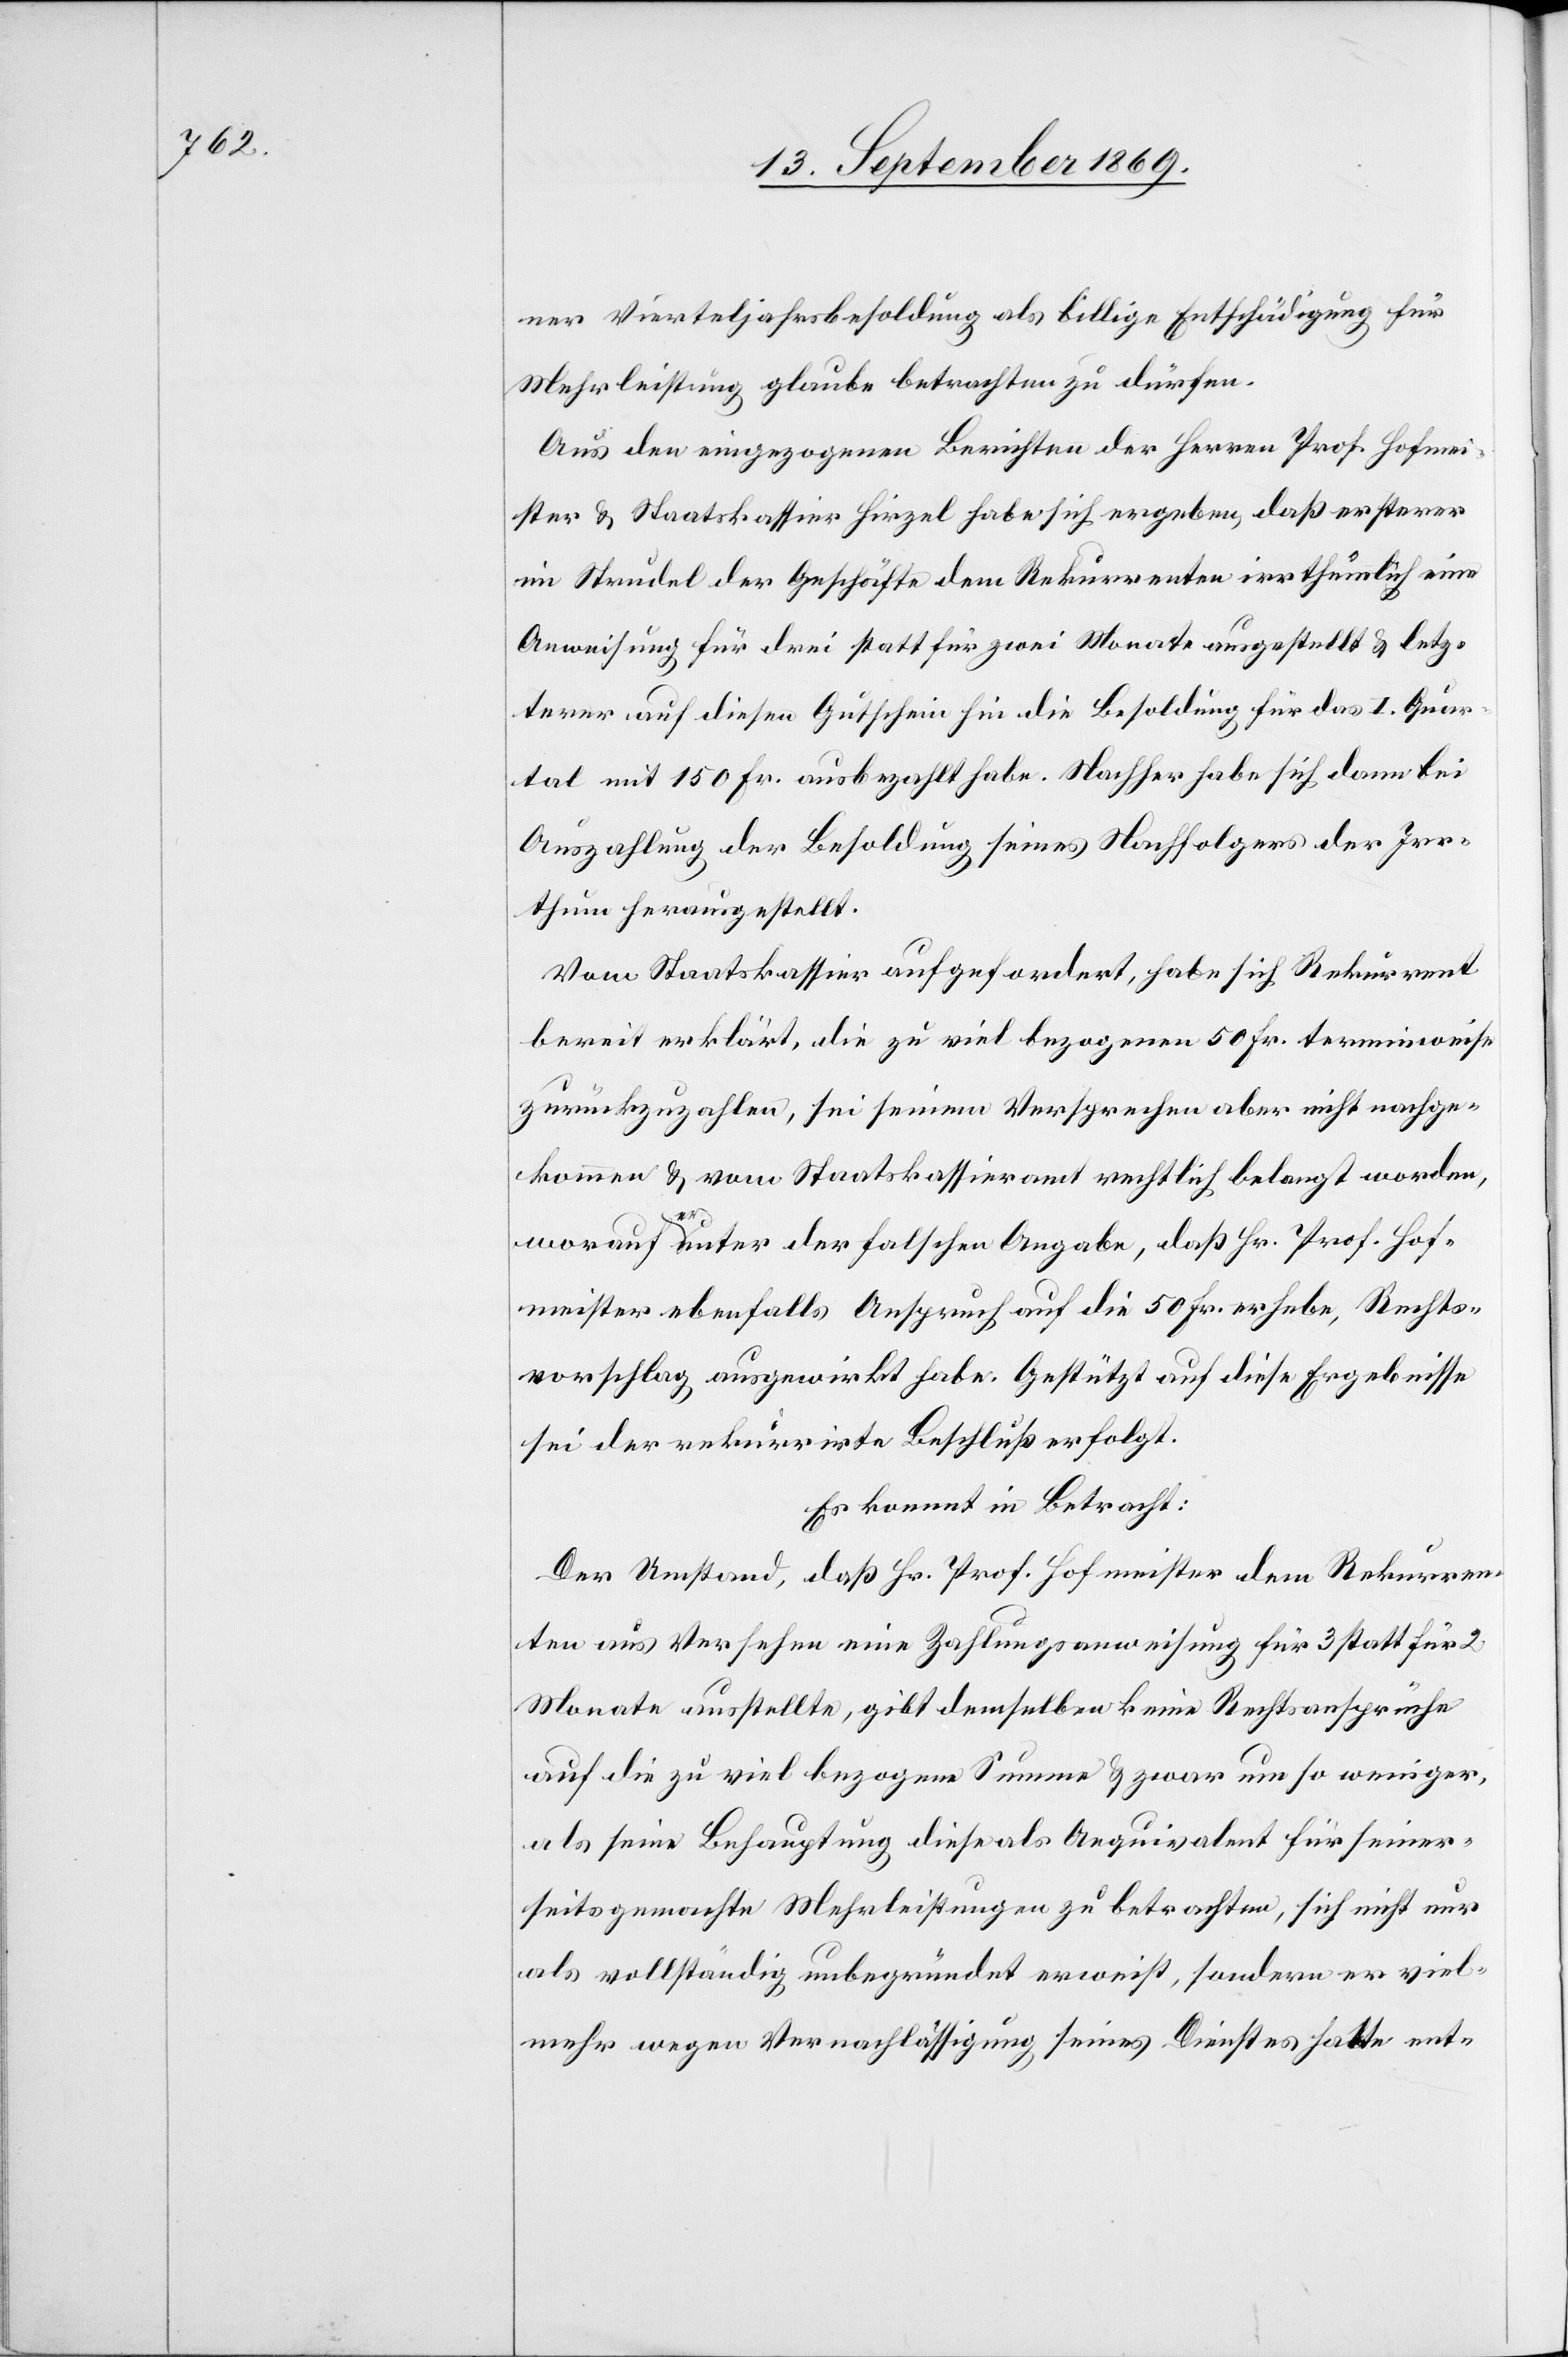
ner Vierteljahrsbesoldung als billige Entschädigung für
Mehrleistung glaube betrachten zu dürfen.
Aus den eingezogenen Berichten der Herren Prof. Hofmei¬
ster & Staatskassier Hirzel habe sich ergeben, daß ersterer
im Strudel der Geschäfte dem Rekurrenten irrthümlich eine
Anweisung für drei statt für zwei Monate ausgestellt & letz¬
terer auf diesen Gutschein hin die Besoldung für das I. Quar¬
tal mit 150 Fr. ausbezahlt habe. Nachher habe sich dann bei
Auszahlung der Besoldung seines Nachfolgers der Irr¬
thum herausgestellt.
Vom Staatskassier aufgefordert, habe sich Rekurrent
bereit erklärt, die zu viel bezogenen 50 Fr. terminweise
zurückzuzahlen, sei seinem Versprechen aber nicht nachge¬
kommen & vom Staatskassieramt rechtlich belangt worden,
worauf er unter der falschen Angabe, daß Hr. Prof. Hof¬
meister ebenfalls Anspruch auf die 50 Fr. erhebe, Rechts¬
vorschlag ausgewirkt habe. Gestützt auf diese Ergebnisse
sei der rekurrirte Beschluß erfolgt.
Es kommt in Betracht:
Der Umstand, daß Hr. Prof. Hofmeister dem Rekurren¬
ten aus Versehen eine Zahlungsanweisung für 3 statt für 2
Monate ausstellte, gibt demselben keine Rechtsansprüche
auf die zu viel bezogene Summe & zwar um so weniger,
als seine Behauptung diese als Aequivalent für seiner¬
seits gemachte Mehrleistungen zu betrachten, sich nicht nur
als vollständig unbegründet erweist, sondern er viel¬
mehr wegen Vernachlässigung seines Dienstes hatte ent-